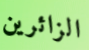
الزائرين